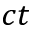
c t